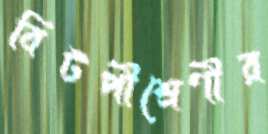
বিটপীশ্রেণীর